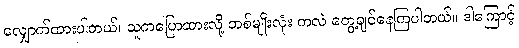
လျှောက်ထားပါတယ်၊ သူကပြောထားလို့ တစ်မျိုးလုံး ကလဲ တွေ့ချင်နေကြပါတယ်။ ဒါကြောင့်